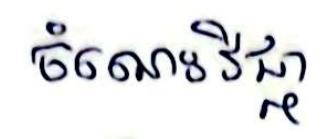
ចំណេះវិជ្ជា